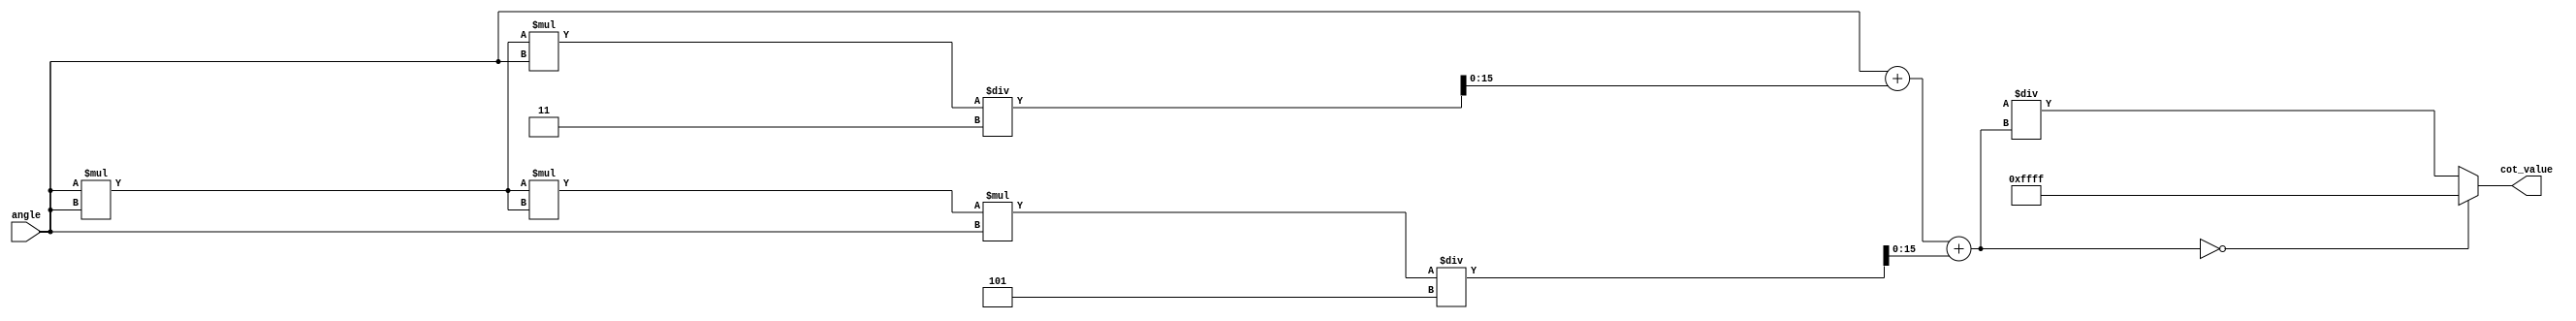
module cotangent (
    input wire [15:0] angle, // Input angle in radians (fixed-point)
    output reg [15:0] cot_value // Output cotangent value (fixed-point)
);
    
    // Internal signals
    reg [15:0] tan_value; // Tangent value (fixed-point)
    reg [15:0] reciprocal; // Reciprocal of tangent
    reg overflow; // Overflow flag

    // Simple tangent calculation using Taylor series approximation
    // tan(x)  x + x^3/3 + x^5/5 + ... (limited to a few terms for simplicity)
    function [15:0] tan_approx;
        input [15:0] x;
        reg [31:0] x_squared;
        begin
            x_squared = x * x; // x^2
            tan_approx = x + (x_squared * x) / 3 + (x_squared * x_squared * x) / 5; // x + x^3/3 + x^5/5
        end
    endfunction

    // Reciprocal calculation
    function [15:0] reciprocal_calc;
        input [15:0] value;
        begin
            if (value == 0) begin
                reciprocal_calc = 16'hFFFF; // Indicate overflow or infinity
            end else begin
                reciprocal_calc = (16'h0001 << 16) / value; // 1 / value (fixed-point)
            end
        end
    endfunction

    always @(*) begin
        // Compute tangent
        tan_value = tan_approx(angle);
        
        // Compute reciprocal of tangent
        reciprocal = reciprocal_calc(tan_value);
        
        // Check for overflow
        if (tan_value == 0) begin
            cot_value = 16'hFFFF; // Infinity or overflow condition
        end else begin
            cot_value = reciprocal;
        end
    end

endmodule